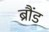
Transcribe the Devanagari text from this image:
ब्रौंड